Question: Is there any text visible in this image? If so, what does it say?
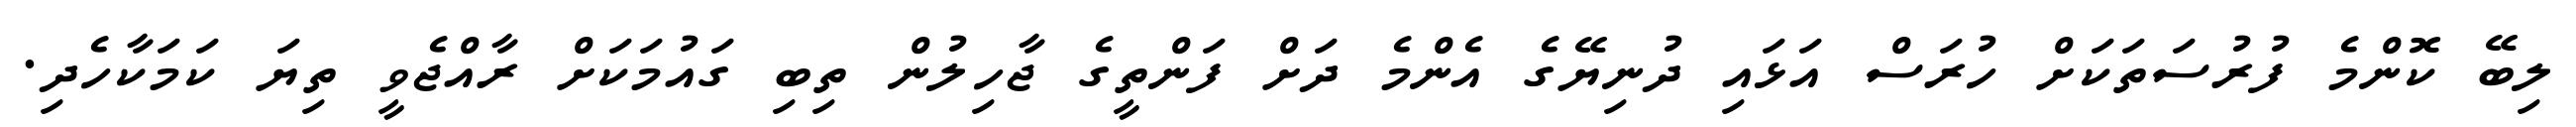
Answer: ލިބޭ ކޮންމެ ފުރުސަތަކަށް ހުރަސް އަޅައި ދުނިޔޭގެ އެންމެ ދަށް ފަންތީގެ ޖާހިލުން ތިބި ގައުމަކަށް ރާއްޖެވީ ތިޔަ ކަމަކާހެދި.